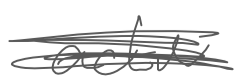
Text: active
Cross-out: scratch
Writing tool: digital_gray